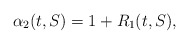
\begin{align*}\alpha_2(t,S) = 1 + R_1(t,S),\end{align*}